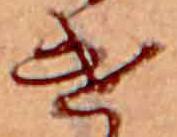
け